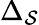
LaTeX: \Delta_{\mathcal{S}}